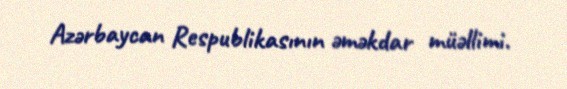
Azərbaycan Respublikasının əməkdar müəllimi.